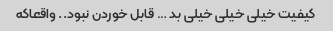
کیفیت خیلی خیلی خیلی بد … قابل خوردن نبود.. واقعاکه